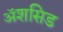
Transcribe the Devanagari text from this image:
ॲशसिड